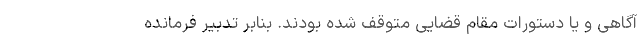
آگاهی و یا دستورات مقام قضایی متوقف شده بودند. بنابر تدبیر فرمانده